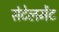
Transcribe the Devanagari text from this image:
सेटेलमेंट